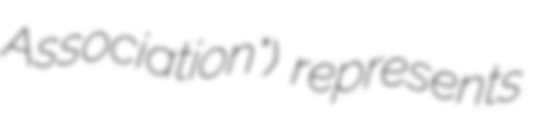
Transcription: Association") represents